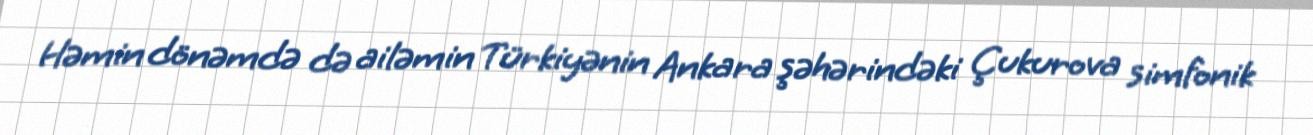
Həmin dönəmdə də ailəmin Türkiyənin Ankara şəhərindəki Çukurova simfonik